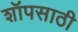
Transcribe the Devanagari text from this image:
शॉपसाठी